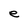
Character: e